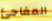
المفاجئ